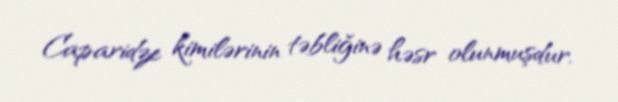
Caparidze kimilərinin təbliğinə həsr olunmuşdur.